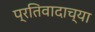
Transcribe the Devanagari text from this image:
प्रतिवादाच्या